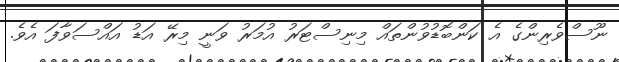
ނޫސްވެރިންގެ އެ ކަންބޮޑުވުންތައް މިނިސްޓަރު އުމަރު ވަނީ މިރޭ އަޑު އައްސަވާފަ އެވެ.